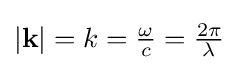
{\textstyle \left|\mathbf {k} \right|=k={\omega  \over c}={2\pi  \over \lambda }}